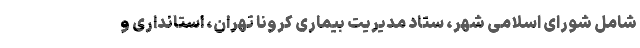
شامل شورای اسلامی شهر، ستاد مدیریت بیماری کرونا تهران، استانداری و